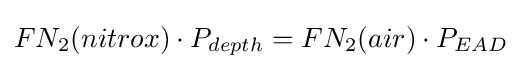
FN_{2}(nitrox)\cdot P_{depth}=FN_{2}(air)\cdot P_{EAD}